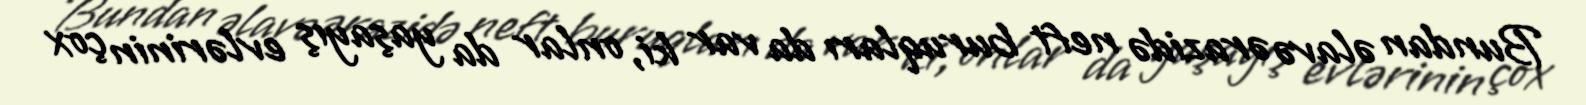
Bundan əlavə ərazidə neft buruqları da var ki, onlar da yaşayış evlərinin çox